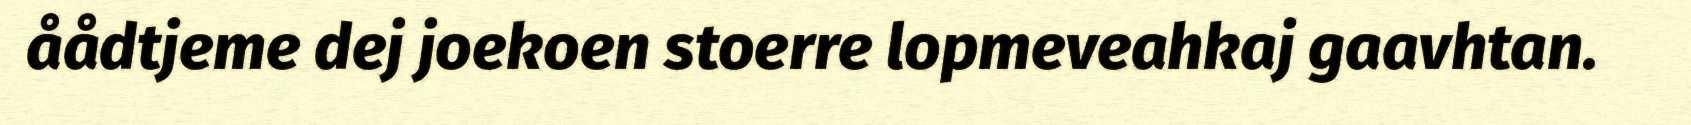
åådtjeme dej joekoen stoerre lopmeveahkaj gaavhtan.